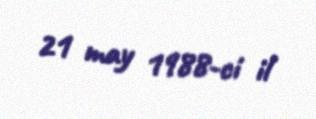
21 may 1988-ci il